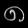
Digit: ၈